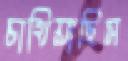
চাখিয়াছিস